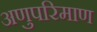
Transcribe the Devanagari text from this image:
अणुपरिमाण